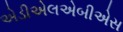
એડીએલએબીએસ